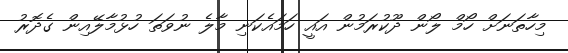
މިހާތަނަށް ހޯމް ލޯން ދޫކުރަމުން އައީ ހަމައެކަނި މާލެ ނުވަތަ ހުޅުމާލޭއިން ގެދޮރު